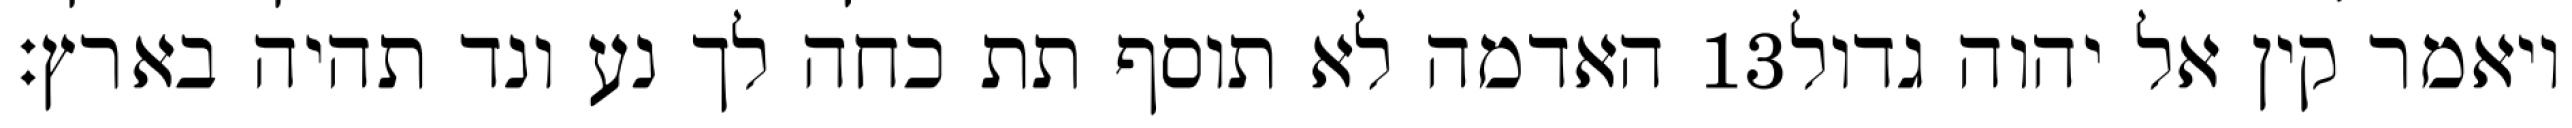
האדמה לא תוסף תת כחה לך נע ונד תהיה בארץ׃ ‎13‏ ויאמר קין אל יהוה גדול